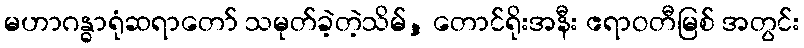
မဟာဂန္ဓာရုံဆရာတော် သမုတ်ခဲ့တဲ့သိမ်, တောင်ရိုးအနီး ဧရာဝတီမြစ် အတွင်း